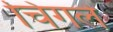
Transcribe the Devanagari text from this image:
चिंगले